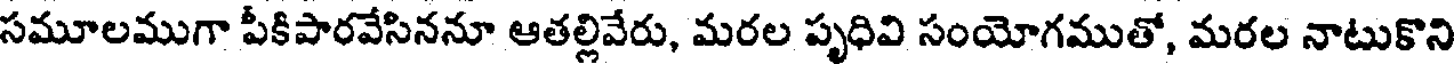
సమూలముగా పీకిపారవేసిననూ ఆతల్లివేరు, మరల పృధివి సంయోగముతో, మరల నాటుకొని